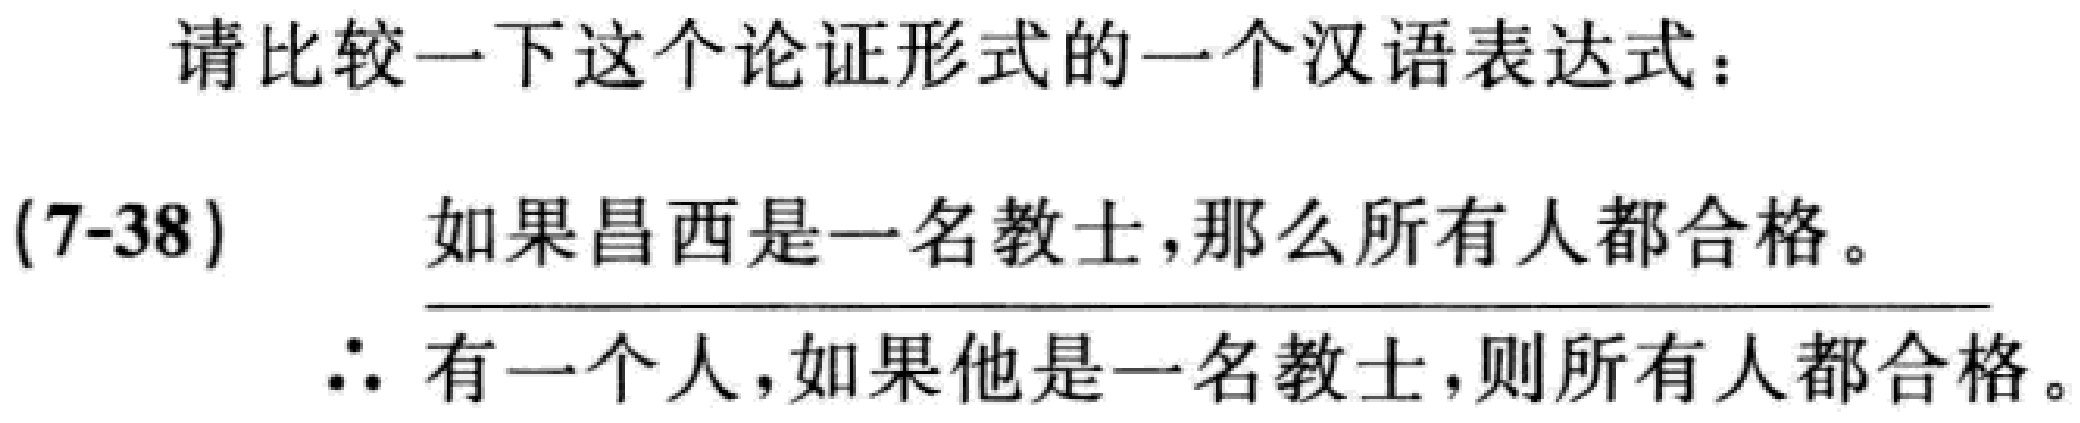
请比较一下这个论证形式的一个汉语表达式：
(7-38) 如果昌西是一名教士，那么所有人都合格。
\(\therefore\) 有一个人，如果他是一名教士，则所有人都合格。